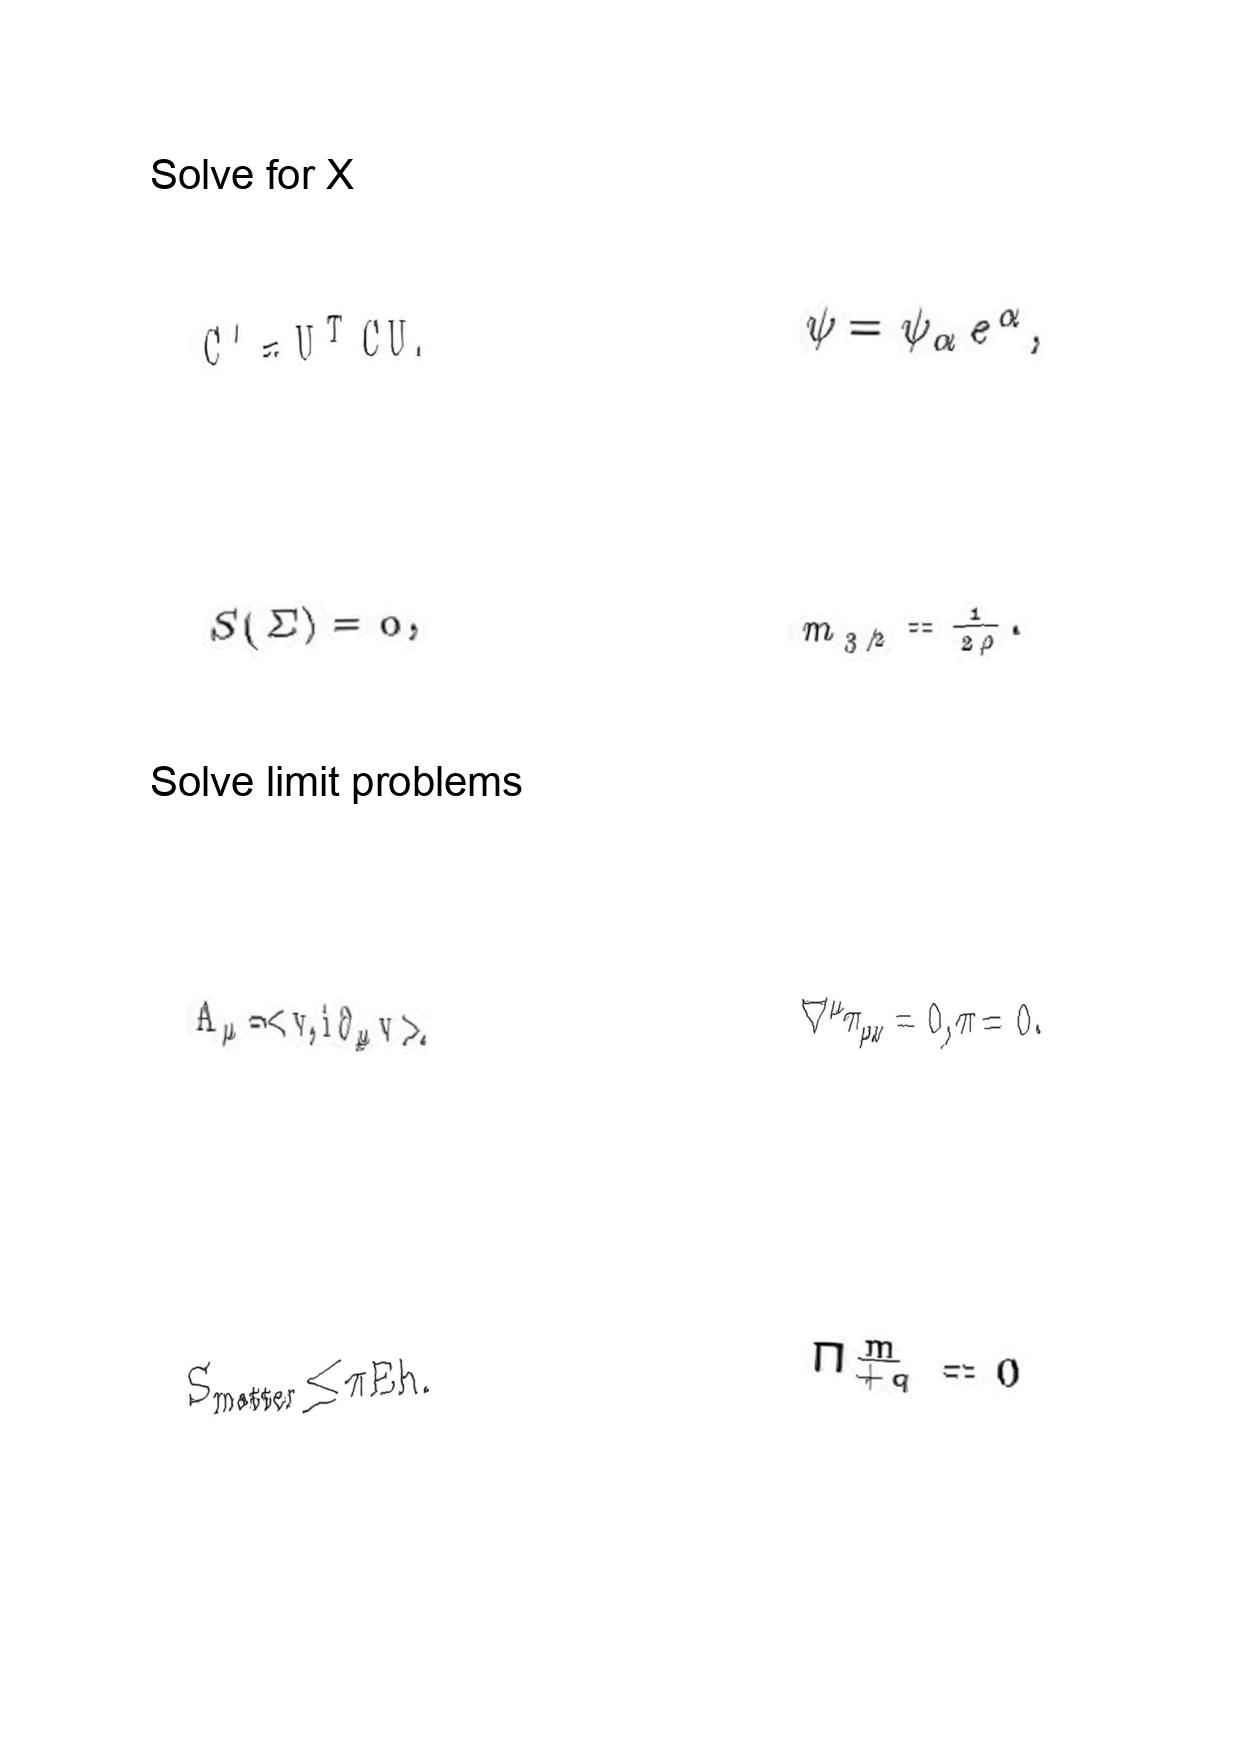
LaTeX transcription:
C ^ { \prime } = U ^ { T } C U .
S \lparen \Sigma \rparen = 0 ,
A _ { \mu } = \lt v , i \partial _ { \mu } v \gt ,
S _ { \mathrm { m a t t e r } } \leq \pi E h .
\psi = \psi _ { \alpha } e ^ { \alpha } ,
m _ { 3 / 2 } = \frac { 1 } { 2 \rho } .
\nabla ^ { \mu } \pi _ { \mu \nu } = 0 , \pi = 0 .
\Pi _ { + q } ^ { \underline { m } } = 0